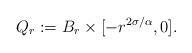
LaTeX: \begin{align*}Q_r := B_r \times [-r^{2\sigma/\alpha},0].\end{align*}